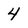
Character: 4